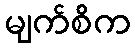
မျက်စိက